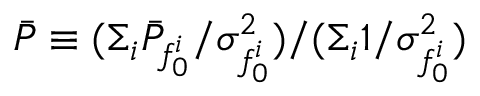
\bar { P } \equiv ( \Sigma _ { i } \bar { P } _ { f _ { 0 } ^ { i } } / { \sigma _ { f _ { 0 } ^ { i } } ^ { 2 } } ) / ( { \Sigma _ { i } 1 / { \sigma _ { f _ { 0 } ^ { i } } ^ { 2 } } } )